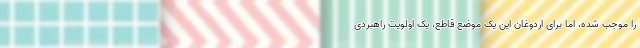
را موجب شده، اما برای اردوغان این یک موضع قاطع، یک اولویت راهبردی